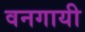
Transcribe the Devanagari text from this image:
वनगायी